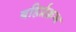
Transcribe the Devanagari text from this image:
बहिर्प्रक्रम